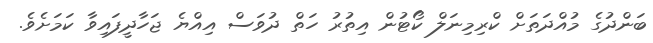
ބަންދުގެ މުއްދަތަށް ކްރިމިނަލް ކޯޓުން އިތުރު ހަތް ދުވަސް އިއްޔެ ޖަހާދީފައިވާ ކަމަށެވެ.